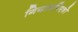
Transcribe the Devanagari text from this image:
गियामपिएत्रो